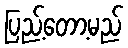
ပြည့်တော့မည်